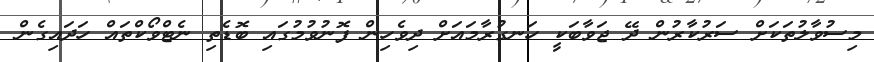
މިސުވާލުތަކަށް ސަރުކާރުން ދޭ ޖަވާބަކީ ހަނގުރާމައަށް ދިވެހިން ފޮނުވުމުގައި ބޮޑެތި ނެޓްވޯކްތައް ހަދައިގެން